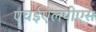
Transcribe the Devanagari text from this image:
एचईएलपीएस